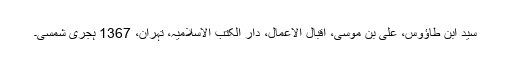
سید ابن طاؤوس، علی بن موسی، اقبال الاعمال، دار الکتب الاسلامیہ، تہران، 1367 ہجری شمسی۔